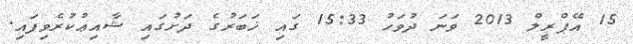
15 އޭޕްރީލް 2013 ވަނަ ދުވަހު 15:33 ގައި ޚަބަރުގެ ދަށުގައި ޝާއިޢުކުރެވިފައި.